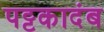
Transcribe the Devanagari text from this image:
पट्टकादंब